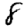
Digit: 8